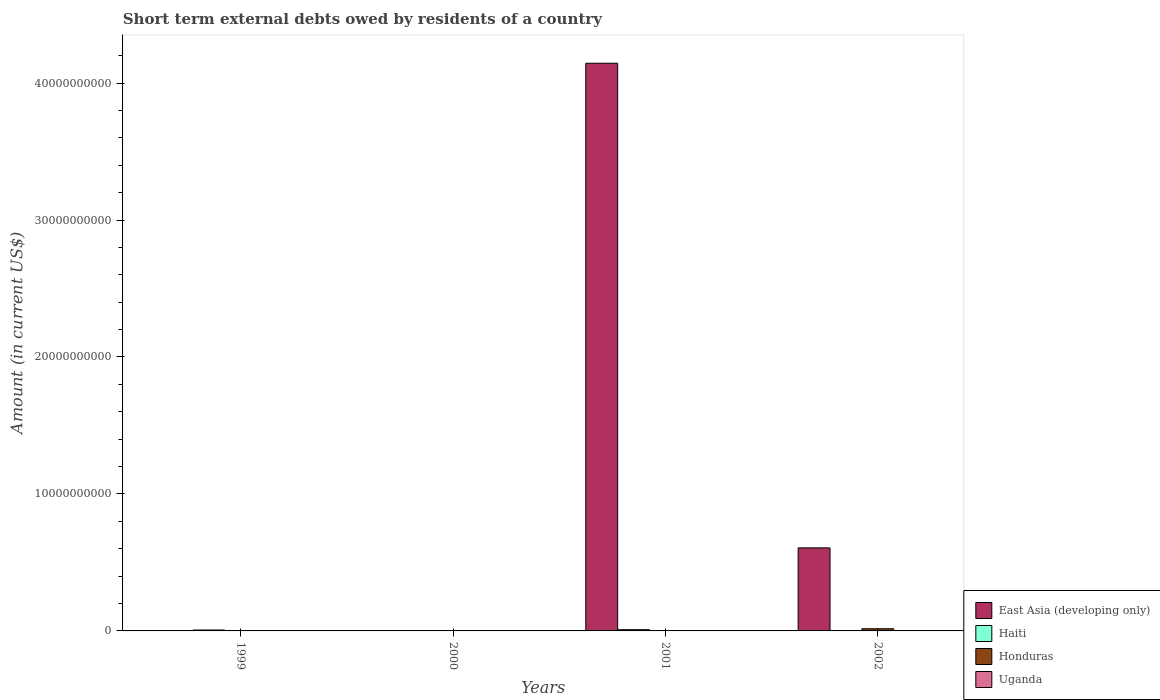
| Years | East Asia (developing only) | Haiti | Honduras | Uganda |
 | --- | --- | --- | --- | --- |
 | 1999 | -1.34e+10 | 6.62e+07 | -6.64e+07 | 6.13e+06 |
 | 2000 | -1.08e+10 | -5.83e+06 | -6.29e+07 | -5.66e+06 |
 | 2001 | 4.14e+10 | 9.23e+07 | -1.95e+07 | 1.24e+06 |
 | 2002 | 6.06e+09 | -3.5e+07 | 1.59e+08 | 1.11e+07 |